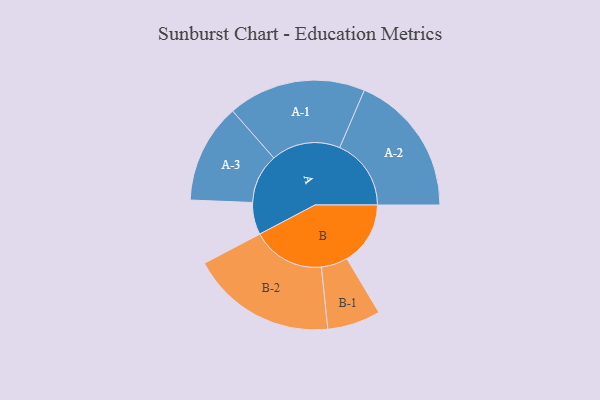
{"axis": {"x": "Segment", "y": "Value"}, "legend": ["", "A", "B"], "data": [{"x": "A", "y": 132, "type": ""}, {"x": "B", "y": 260, "type": ""}, {"x": "A-1", "y": 283, "type": "A"}, {"x": "A-2", "y": 293, "type": "A"}, {"x": "A-3", "y": 204, "type": "A"}, {"x": "B-1", "y": 109, "type": "B"}, {"x": "B-2", "y": 299, "type": "B"}]}